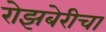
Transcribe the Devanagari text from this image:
रोझबेरीचा